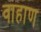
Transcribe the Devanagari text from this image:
वाहाण